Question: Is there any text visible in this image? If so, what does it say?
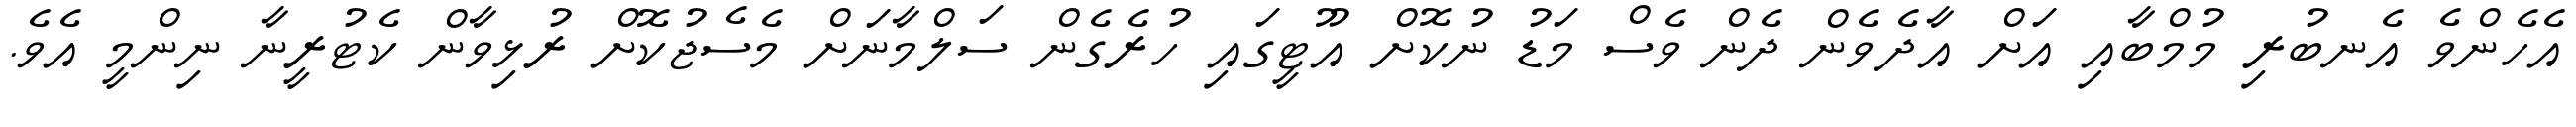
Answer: އެހެންވެ އެނބުރި މުމްބާއި އަށް އާދެވެން ދެން ވެސް މަޑު ނުކޮށް އޫޓީގައި ހުރެގެން ސަލްމާނަށް މެސެޖުކޮށް ރުޅިވާން ކެޓުރީނާ ނިންމީ އެވެ.